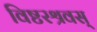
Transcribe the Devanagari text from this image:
विष्टरश्रवस्